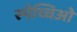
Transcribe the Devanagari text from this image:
स्पेच्चिओ